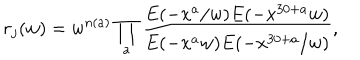
r _ { j } ( w ) = w ^ { n ( a ) } \prod _ { a } \frac { E ( - x ^ { a } / w ) E ( - x ^ { 3 0 + a } w ) } { E ( - x ^ { a } w ) E ( - x ^ { 3 0 + a } / w ) } ,